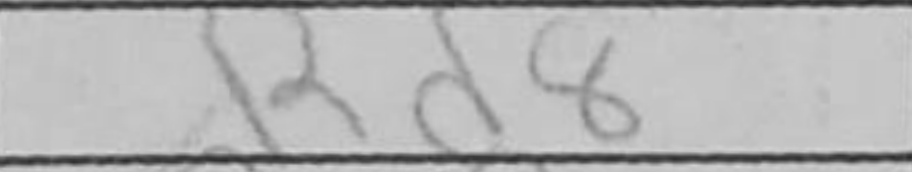
Transcription: Rd8